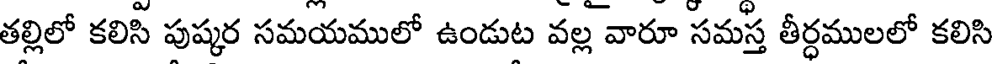
తల్లిలో కలిసి పుష్కర సమయములో ఉండుట వల్ల వారూ సమస్త తీర్ధములలో కలిసి